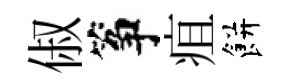
俶筝疽餅